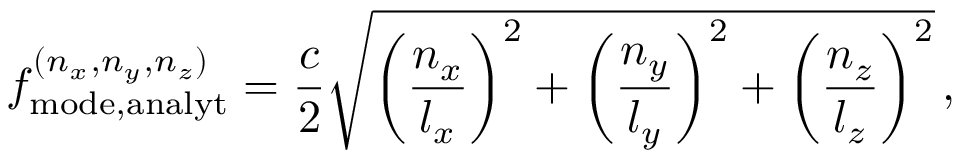
f _ { \mathrm { m o d e , a n a l y t } } ^ { ( n _ { x } , n _ { y } , n _ { z } ) } = \frac { c } { 2 } \sqrt { \left( \frac { n _ { x } } { l _ { x } } \right) ^ { 2 } + \left( \frac { n _ { y } } { l _ { y } } \right) ^ { 2 } + \left( \frac { n _ { z } } { l _ { z } } \right) ^ { 2 } } \, ,